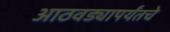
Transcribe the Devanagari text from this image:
आठवड्यापर्यंतचे